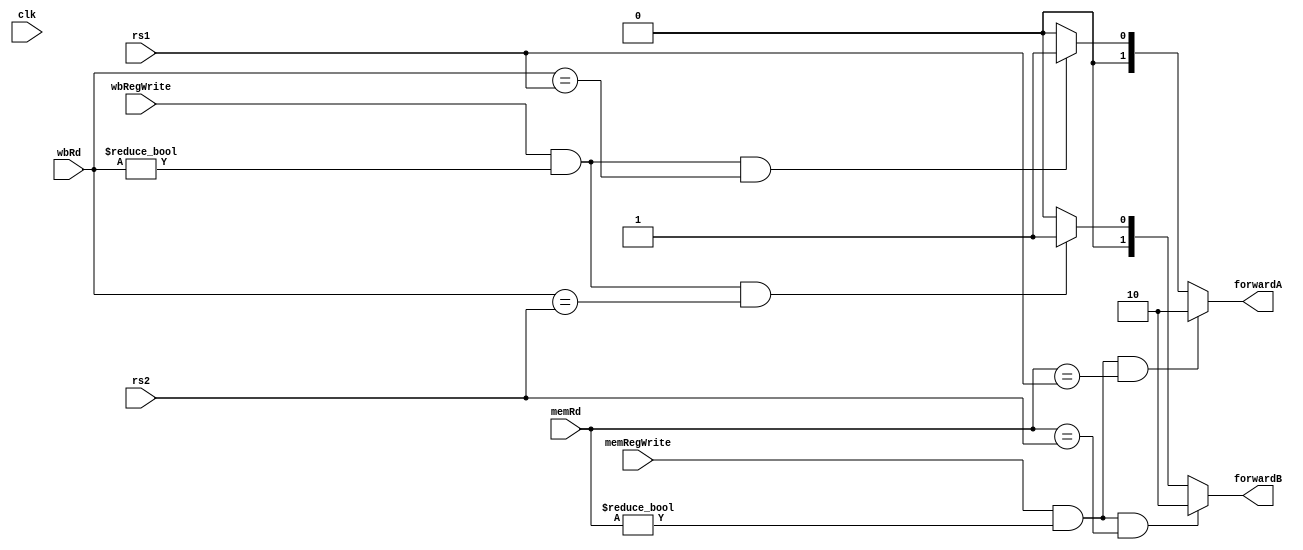
`timescale 1ns / 1ps

module forwarding_unit (
    input wire clk, 
    input wire [4:0] rs1, rs2, memRd, wbRd,
    input wire memRegWrite, wbRegWrite,
    output reg [1:0] forwardA, forwardB
);  
//    reg [1:0] savedA, savedB;
//    reg flagA, flagB, setA, setB;
//    initial
//    begin
//        flagA = 0;
//        flagB = 0;
//        setA = 0;
//        setB = 0;
//    end
        
//    always @(posedge clk) 
//    begin
//        if (flagA)
//        begin
//            forwardA = savedA;
//            flagA = 0;
//            setA = 1;
//        end
        
//        if (flagB)
//        begin
//            forwardB = savedB;
//            flagB = 0;
//            setB = 1;
//        end
            
//        if (memRegWrite && (memRd != 0) && (memRd == rs1)) 
//        begin
//            savedA = 2'b10;
//            flagA = 1;
//        end 
//        else if (wbRegWrite && (wbRd != 0) && (wbRd == rs1)) 
//        begin
//            savedA = 2'b01;
//            flagA = 1;
//        end
//        else if (setA)
//            forwardA = 2'b00;
      
//        if (memRegWrite && (memRd != 0) && (memRd == rs2)) 
//        begin
//            savedB = 2'b10;
//            flagB = 1;
//        end
//        else if (wbRegWrite && (wbRd != 0) && (wbRd == rs2)) 
//        begin 
//            savedB = 2'b01;
//            flagB = 1;
//        end
//        else if (setB)
//            forwardB = 2'b00;
                                       
//    end    
    
    always @(*) 
    begin
        if (memRegWrite && (memRd != 0) && (memRd == rs1)) 
            forwardA = 2'b10;
        else if (wbRegWrite && (wbRd != 0) && (wbRd == rs1)) 
            forwardA = 2'b01;
        else 
            forwardA = 2'b00;
      
        if (memRegWrite && (memRd != 0) && (memRd == rs2)) 
            forwardB = 2'b10;
        else if (wbRegWrite && (wbRd != 0) && (wbRd == rs2)) 
            forwardB = 2'b01;
        else 
            forwardB = 2'b00;
                                       
    end
        
endmodule